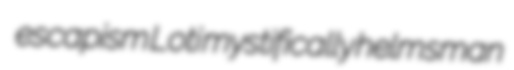
escapism Loti mystifically helmsman